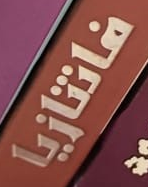
فانتازيا